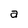
Character: a